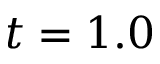
t = 1 . 0